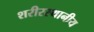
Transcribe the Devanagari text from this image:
शरीरस्थानीय